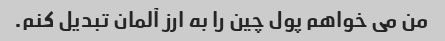
من می خواهم پول چین را به ارز آلمان تبدیل کنم.